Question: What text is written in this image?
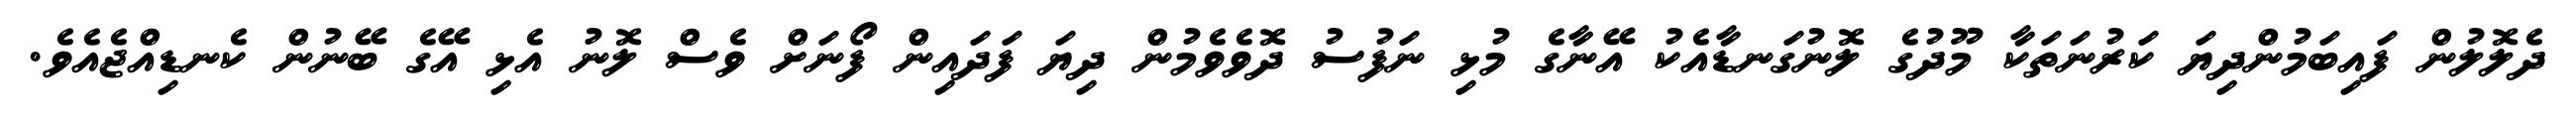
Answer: ދެލޮލުން ފައިބަމުންދިޔަ ކަރުނަތަކާ މޫދުގެ ލޮނުގަނޑާއެކު އޭނާގެ މުޅި ނަފުސު ދޮވެވެމުން ދިޔަ ފަދައިން ފޯނަށް ވެސް ލޮނު އެޅި އޭގެ ބޭނުން ކެނޑިއްޖެއެވެ.